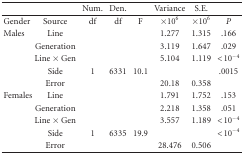
<table><thead><tr><td></td><td></td><td><b>Num.</b></td><td><b>Den.</b></td><td></td><td><b>Variance</b></td><td><b>S.E.</b></td><td></td></tr></thead><tbody><tr><td>Gender</td><td>Source</td><td>df</td><td>df</td><td>F</td><td>×10<sup>6</sup></td><td>×10<sup>6</sup></td><td><i>P</i></td></tr><tr><td>Males</td><td>Line</td><td></td><td></td><td></td><td>1.277</td><td>1.315</td><td>.166</td></tr><tr><td></td><td>Generation</td><td></td><td></td><td></td><td>3.119</td><td>1.647</td><td>.029</td></tr><tr><td></td><td>Line × Gen</td><td></td><td></td><td></td><td>5.104</td><td>1.119</td><td>&lt;10<sup>−4</sup></td></tr><tr><td></td><td>Side</td><td>1</td><td>6331</td><td>10.1</td><td></td><td></td><td>.0015</td></tr><tr><td></td><td>Error</td><td></td><td></td><td></td><td>20.18</td><td>0.358</td><td></td></tr><tr><td>Females</td><td>Line</td><td></td><td></td><td></td><td>1.791</td><td>1.752</td><td>.153</td></tr><tr><td></td><td>Generation</td><td></td><td></td><td></td><td>2.218</td><td>1.358</td><td>.051</td></tr><tr><td></td><td>Line × Gen</td><td></td><td></td><td></td><td>3.557</td><td>1.189</td><td>&lt;10<sup>−4</sup></td></tr><tr><td></td><td>Side</td><td>1</td><td>6335</td><td>19.9</td><td></td><td></td><td>&lt;10<sup>−4</sup></td></tr><tr><td></td><td>Error</td><td></td><td></td><td></td><td>28.476</td><td>0.506</td><td></td></tr></tbody></table>